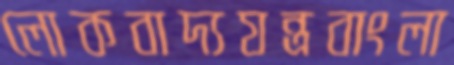
লোকবাদ্যযন্ত্রবাংলা